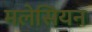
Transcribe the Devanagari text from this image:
मलेसियन